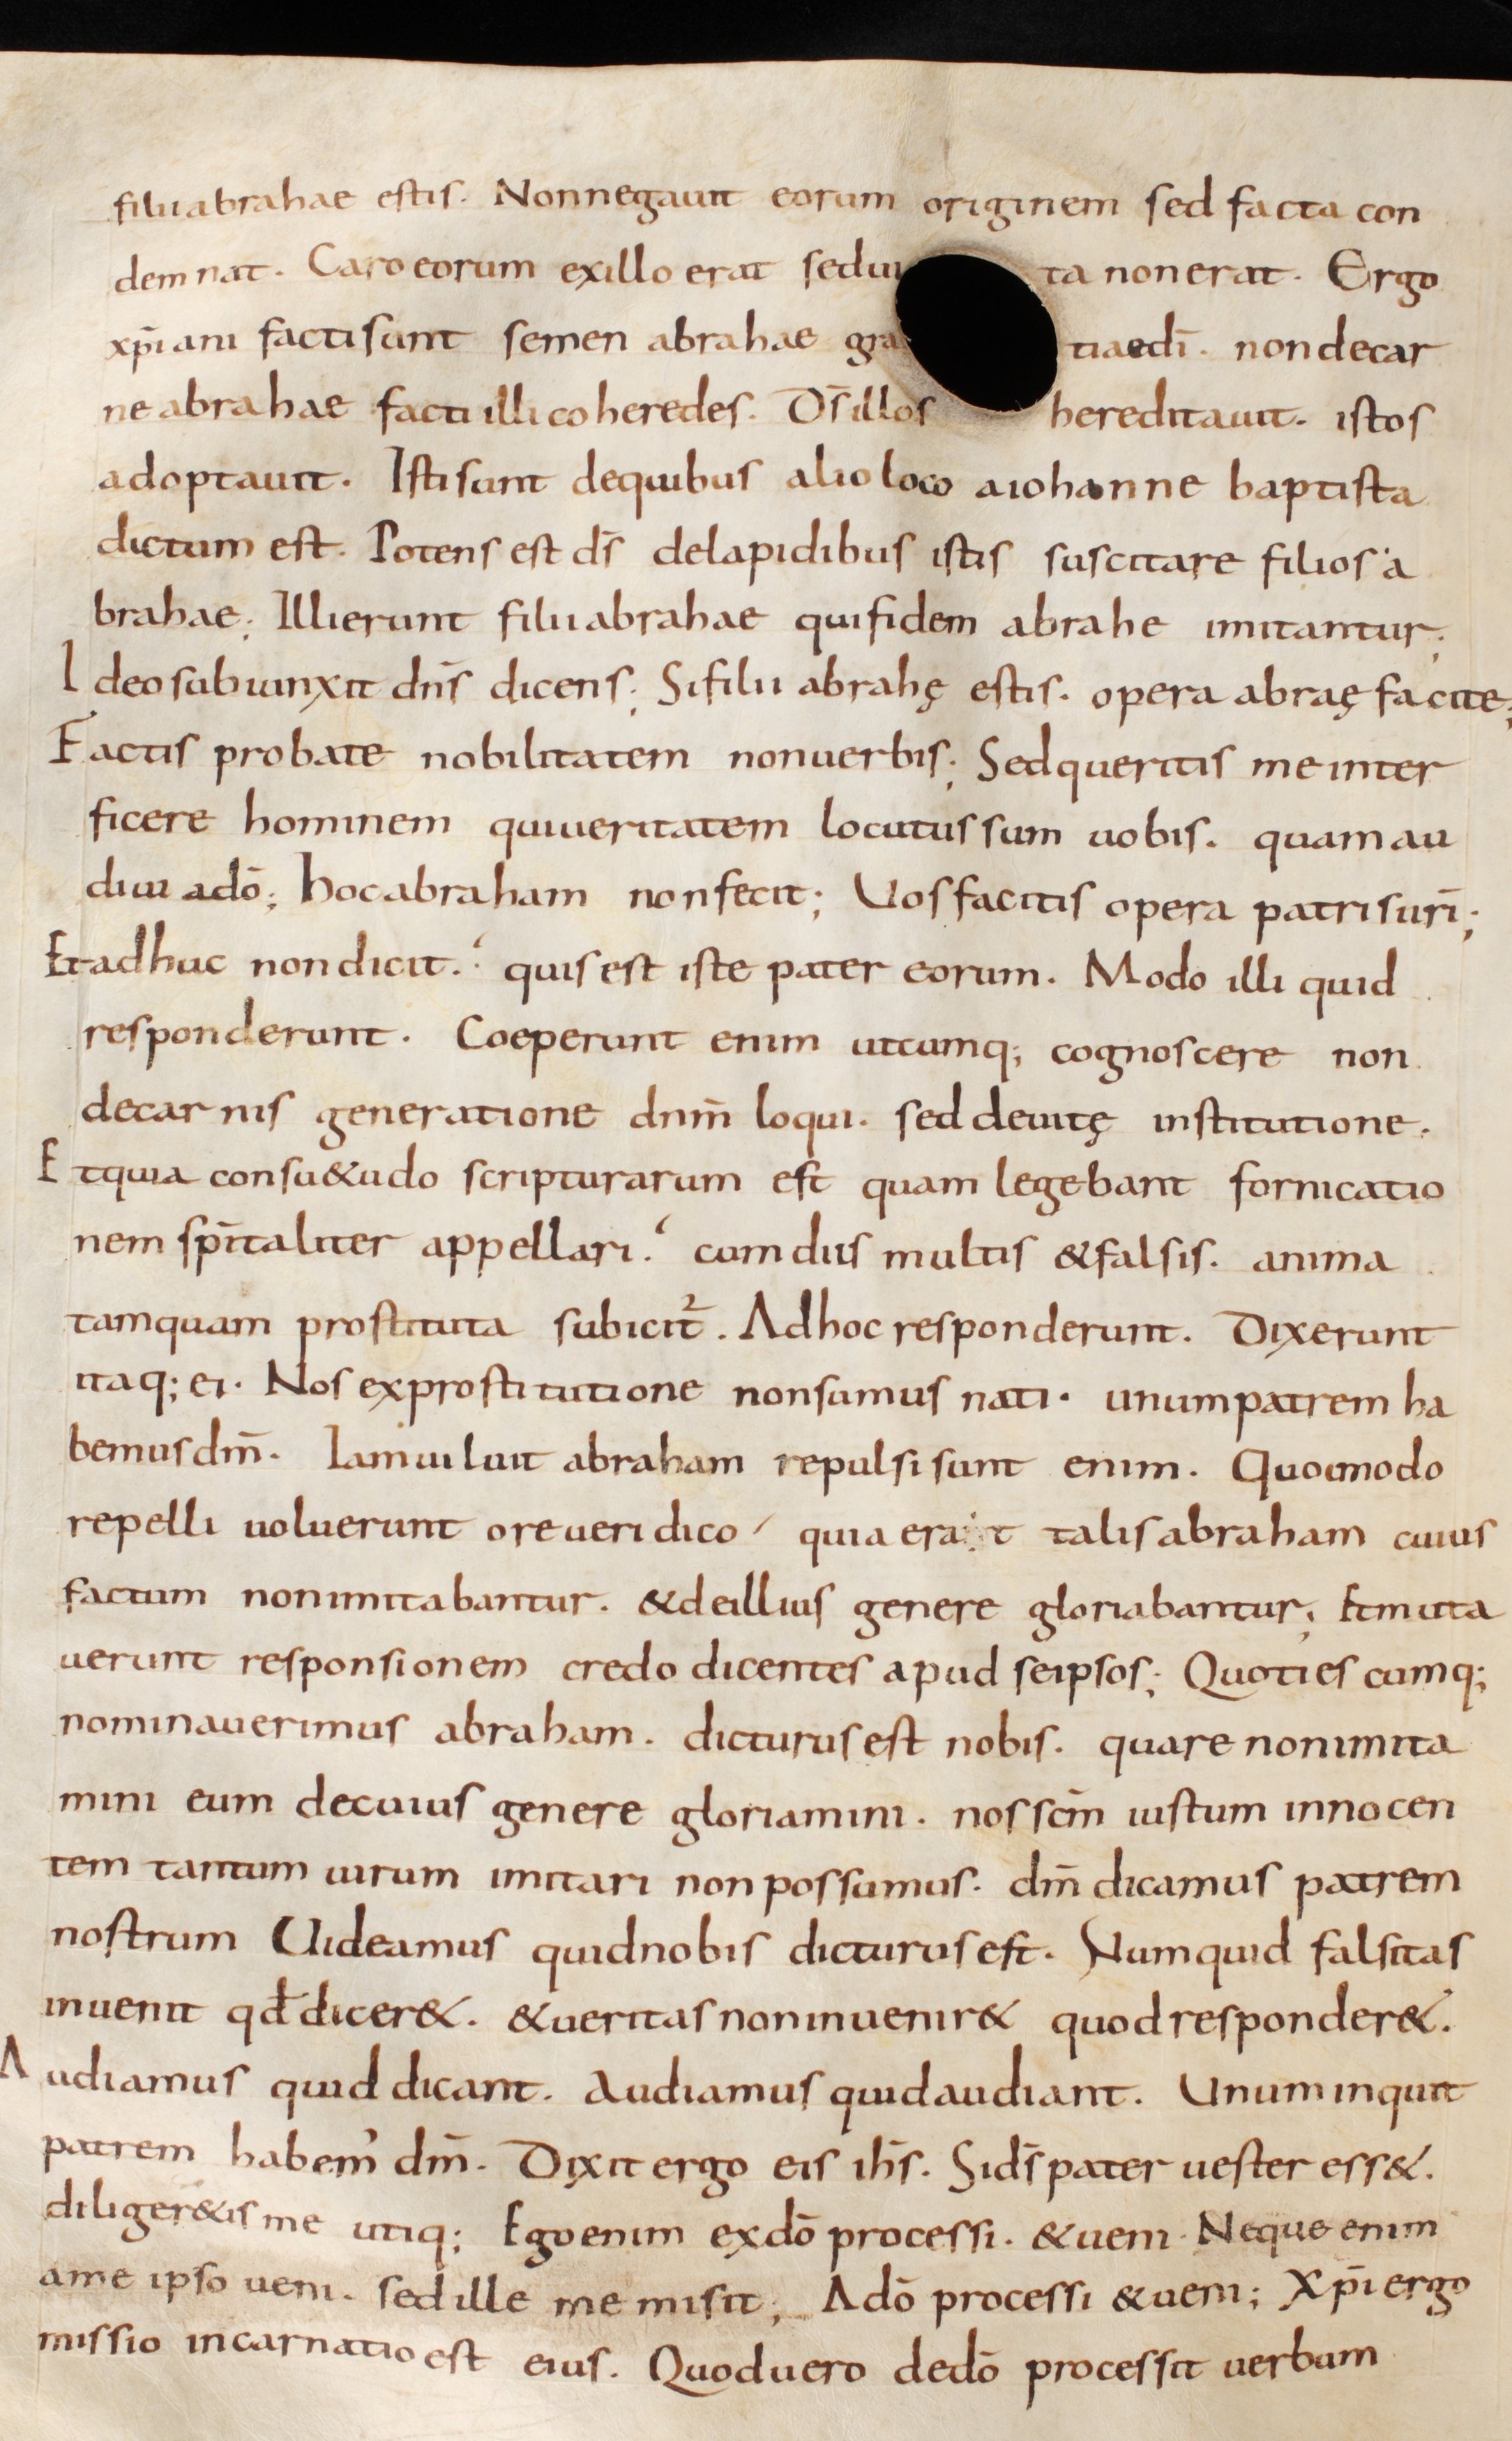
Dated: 800–999